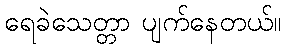
ရေခဲသေတ္တာ ပျက်နေတယ်။